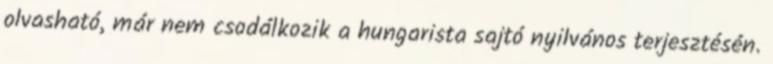
olvasható, már nem csodálkozik a hungarista sajtó nyilvános terjesztésén.